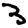
Digit: 3